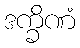
ဒက္ခိဏံ